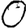
Digit: 0